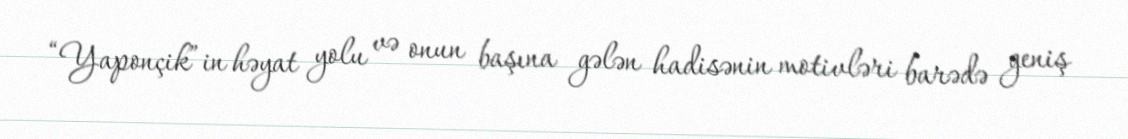
“Yaponçik”in həyat yolu və onun başına gələn hadisənin motivləri barədə geniş